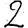
Digit: 2